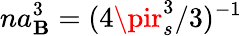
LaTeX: na_{\mathbf{B}}^{3}=(4\pir_{s}^{3}/3)^{-1}